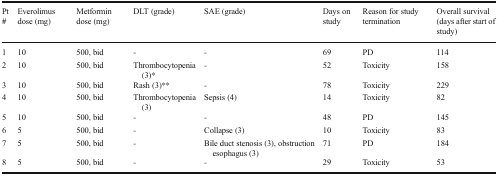
<table><thead><tr><td><b>Pt #</b></td><td><b>Everolimus dose (mg)</b></td><td><b>Metformin dose (mg)</b></td><td><b>DLT (grade)</b></td><td><b>SAE (grade)</b></td><td><b>Days on study</b></td><td><b>Reason for study termination</b></td><td><b>Overall survival (days after start of study)</b></td></tr></thead><tbody><tr><td>1</td><td>10</td><td>500, bid</td><td>-</td><td>-</td><td>69</td><td>PD</td><td>114</td></tr><tr><td>2</td><td>10</td><td>500, bid</td><td>Thrombocytopenia (3)*</td><td>-</td><td>52</td><td>Toxicity</td><td>158</td></tr><tr><td>3</td><td>10</td><td>500, bid</td><td>Rash (3)**</td><td>-</td><td>78</td><td>Toxicity</td><td>229</td></tr><tr><td>4</td><td>10</td><td>500, bid</td><td>Thrombocytopenia (3)</td><td>Sepsis (4)</td><td>14</td><td>Toxicity</td><td>82</td></tr><tr><td>5</td><td>10</td><td>500, bid</td><td>-</td><td>-</td><td>48</td><td>PD</td><td>145</td></tr><tr><td>6</td><td>5</td><td>500, bid</td><td>-</td><td>Collapse (3)</td><td>10</td><td>Toxicity</td><td>83</td></tr><tr><td>7</td><td>5</td><td>500, bid</td><td>-</td><td>Bile duct stenosis (3), obstruction esophagus (3)</td><td>71</td><td>PD</td><td>184</td></tr><tr><td>8</td><td>5</td><td>500, bid</td><td>-</td><td>-</td><td>29</td><td>Toxicity</td><td>53</td></tr></tbody></table>